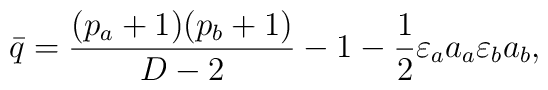
\bar{q}=\frac{(p_a+1)(p_b+1)}{D-2}-1-\frac{1}{2}\varepsilon_a a_a\varepsilon_b a_b ,